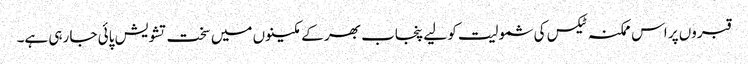
قبروں پر اس ممکنہ ٹیکس کی شمولیت کو لیے پنجاب بھر کے مکینوں میں سخت تشویش پائی جا رہی ہے۔